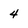
Character: 4